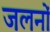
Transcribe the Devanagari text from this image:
जलनों